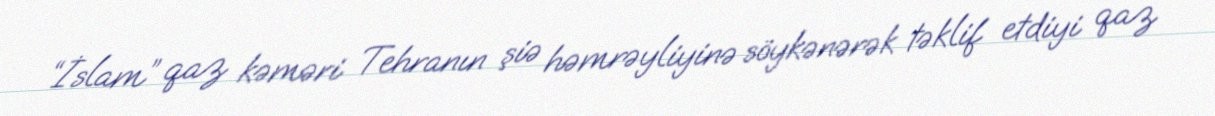
“İslam” qaz kəməri Tehranın şiə həmrəyliyinə söykənərək təklif etdiyi qaz